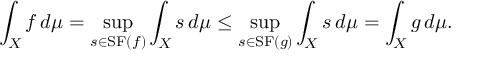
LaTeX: \int _ { X } f \, d \mu = \operatorname* { s u p } _ { s \in \mathrm { { S F } } ( f ) } \int _ { X } s \, d \mu \leq \operatorname* { s u p } _ { s \in \mathrm { { S F } } ( g ) } \int _ { X } s \, d \mu = \int _ { X } g \, d \mu .